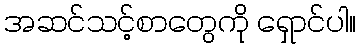
အဆင်သင့်စာတွေကို ရှောင်ပါ။